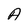
Character: A